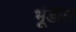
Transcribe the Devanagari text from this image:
भूंडोल